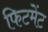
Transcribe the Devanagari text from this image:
फिटमेंट